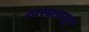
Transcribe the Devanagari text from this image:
शारदापासून